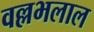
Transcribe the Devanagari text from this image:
वल्लभलाल